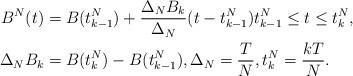
LaTeX: \begin{align*} B^{N}(t)&=B(t_{k-1}^N)+\frac{\Delta_N B_k}{\Delta_N}(t-t_{k-1}^N)t^N_{k-1}\le t\le t^N_k,\\\Delta_N B_k&=B(t_{k}^N)-B(t^N_{k-1}),\Delta_N=\frac{T}{N},t_k^N=\frac{kT}{N}.\end{align*}